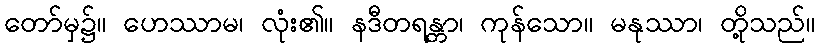
တော်မှ၌။ ဟေဿာမ၊ လုံး၏။ နဒီတရန္တာ၊ ကုန်သော။ မနုဿာ၊ တို့သည်။